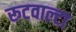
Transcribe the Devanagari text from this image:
रूटवाल्टा